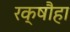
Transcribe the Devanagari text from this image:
रक्षौहा